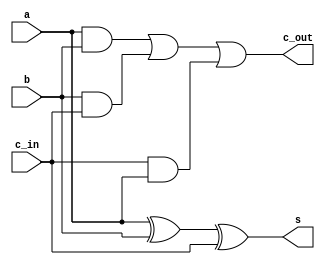
module fulladder1b(a,b,c_in,s,c_out);
	input a,b,c_in;
	output s,c_out;
	assign s = a^b^c_in;
	assign c_out = (a & b) | (b & c_in) | (c_in & a);
endmodule

module comptwo(x,negx);
input [7:0] x;
output [7:0] negx;
assign negx = (~x) + 1;
endmodule

module sub8b(x,y,c_in,d,b_out);
	input [7:0] x,y;
	input c_in;
	output [7:0] d;
	output b_out;
	wire [7:0] c_wire;
	wire [7:0] y_n;
	comptwo neg0 (y,y_n);
	fulladder1b b0 (x[0],y_n[0],c_in,d[0],c_wire[0]);
	fulladder1b b1 (x[1],y_n[1],c_wire[0],d[1],c_wire[1]);
	fulladder1b b2 (x[2],y_n[2],c_wire[1],d[2],c_wire[2]);
	fulladder1b b3 (x[3],y_n[3],c_wire[2],d[3],c_wire[3]);
	fulladder1b b4 (x[3],y_n[3],c_wire[2],d[3],c_wire[3]);
	fulladder1b b5 (x[4],y_n[4],c_wire[3],d[4],c_wire[4]);
	fulladder1b b6 (x[5],y_n[5],c_wire[4],d[5],c_wire[5]);
	fulladder1b b7 (x[6],y_n[6],c_wire[5],d[6],c_wire[6]);
	fulladder1b b8 (x[7],y_n[7],c_wire[6],d[7],c_wire[7]);
	assign b_out = (~c_wire[7]);
endmodule
module add8b(x,y,c_in,s,c_out);
	input [7:0] x,y;
	input c_in;
	output [7:0] s;
	output c_out;
	wire [6:0] c_wire;
	
	fulladder1b b0 (x[0],y[0],c_in,s[0],c_wire[0]);
	fulladder1b b1 (x[1],y[1],c_wire[0],s[1],c_wire[1]);
	fulladder1b b2 (x[2],y[2],c_wire[1],s[2],c_wire[2]);
	fulladder1b b3 (x[3],y[3],c_wire[2],s[3],c_wire[3]);
	fulladder1b b4 (x[3],y[3],c_wire[2],s[3],c_wire[3]);
	fulladder1b b5 (x[4],y[4],c_wire[3],s[4],c_wire[4]);
	fulladder1b b6 (x[5],y[5],c_wire[4],s[5],c_wire[5]);
	fulladder1b b7 (x[6],y[6],c_wire[5],s[6],c_wire[6]);
	fulladder1b b8 (x[7],y[7],c_wire[6],s[7],c_out);
	
endmodule

module and8b(x,y,andout);
input [7:0] x,y;

output [7:0] andout;
assign andout = x&y;

endmodule

module or8b(x,y,orout);
input [7:0] x,y;

output [7:0] orout;
assign orout = x|y;

endmodule

module nand8b(x,y,nandout);
input [7:0] x,y;
output [7:0] nandout;
assign nandout = ~(x&y);
endmodule

module xor8b(x,y,xorout);
input [7:0] x,y;
output [7:0] xorout;
assign xorout = x^y;
endmodule

 module nor8b(x,y,norout);
input [7:0] x,y;
output [7:0] norout;
assign norout = ~(x|y);
endmodule

module not8b(x,y,notout);
input [7:0] x,y;
output [7:0] notout;
assign notout = ~x;
endmodule

module and8b1(x,y,andout);
input [7:0] x,y;
output [7:0] andout;
wire [7:0] y_n;
comptwo neg1 (y,y_n);
assign andout = x&y_n;

endmodule

module or8b1(x,y,orout);
input [7:0] x,y;
output [7:0] orout;
wire [7:0] y_n;
comptwo neg1 (y,y_n);
assign orout = x|y_n;

endmodule

module nand8b1(x,y,nandout);
input [7:0] x,y;
output [7:0] nandout;
wire [7:0] y_n;
comptwo neg1 (y,y_n);
assign nandout = ~(x&y_n);
endmodule

module xor8b1(x,y,xorout);
input [7:0] x,y;
output [7:0] xorout;
wire [7:0] y_n;
comptwo neg1 (y,y_n);
assign xorout = x^y_n;
endmodule

module nor8b1(x,y,norout);
input [7:0] x,y;
output [7:0] norout;
wire [7:0] y_n;
comptwo neg1 (y,y_n);
assign norout = ~(x|y_n);
endmodule

module not8b1(x,y,notout);
input [7:0] x,y;
output [7:0] notout;
assign notout = ~y;
endmodule 

module sub8b1(x,y,c_in1,d1,c_out1);
input [7:0] x,y;
input c_in1;
output [7:0] d1;
output c_out1;
add8b add1 (x,y,c_in1,d1,c_out1);
endmodule

module add8b1(x,y,c_in1,s1,c_out1);
input [7:0] x,y;
input c_in1;
output [7:0] s1;
output c_out1;
sub8b sub1 (x,y,c_in1,s1,c_out1);
endmodule

module mux1b16to1 (
    input add_r,sub_r,and_r,or_r,nand_r,xor_r,nor_r,not_r,add_r1,sub_r1,and_r1,or_r1,nand_r1,xor_r1,nor_r1,not_r1,
    input [3:0] cntrl,
    output out
);

    wire o0,o1,o2,o3,o4,o5,o6,o7,o8,o9,o10,o11,o12,o13,o14,o15;

	assign o0  = ((~cntrl[3])&(~cntrl[2])&(~cntrl[1])&(~cntrl[0]))&(add_r);
	assign o1  = ((~cntrl[3])&(~cntrl[2])&(~cntrl[1])&(cntrl[0]))&(sub_r);
	assign o2  = ((~cntrl[3])&(~cntrl[2])&(cntrl[1])&(~cntrl[0]))&(and_r);
	assign o3  = ((~cntrl[3])&(~cntrl[2])&(cntrl[1])&(cntrl[0]))&(or_r);
    assign o4  = ((~cntrl[3])&(cntrl[2])&(~cntrl[1])&(~cntrl[0]))&(nand_r);
	assign o5  = ((~cntrl[3])&(cntrl[2])&(~cntrl[1])&(cntrl[0]))&(xor_r);
	assign o6  = ((~cntrl[3])&(cntrl[2])&(cntrl[1])&(~cntrl[0]))&(nor_r);
	assign o7  = ((~cntrl[3])&(cntrl[2])&(cntrl[1])&(cntrl[0]))&(not_r);
    assign o8  = ((cntrl[3])&(~cntrl[2])&(~cntrl[1])&(~cntrl[0]))&(add_r1);
	assign o9  = ((cntrl[3])&(~cntrl[2])&(~cntrl[1])&(cntrl[0]))&(sub_r1);
	assign o10 = ((cntrl[3])&(~cntrl[2])&(cntrl[1])&(~cntrl[0]))&(and_r1);
	assign o11 = ((cntrl[3])&(~cntrl[2])&(cntrl[1])&(cntrl[0]))&(or_r1);
    assign o12 = ((cntrl[3])&(cntrl[2])&(~cntrl[1])&(~cntrl[0]))&(nand_r1);
	assign o13 = ((cntrl[3])&(cntrl[2])&(~cntrl[1])&(cntrl[0]))&(xor_r1);
	assign o14 = ((cntrl[3])&(cntrl[2])&(cntrl[1])&(~cntrl[0]))&(nor_r1);
	assign o15 = ((cntrl[3])&(cntrl[2])&(cntrl[1])&(cntrl[0]))&(not_r1);

    assign out = o0|o1|o2|o3|o4|o5|o6|o7|o8|o9|o10|o11|o11|o12|o13|o14|o15;

endmodule

module carrymux1b4to1(
    input add_c,sub_c,add_c1,sub_c1,
	input [3:0] cntrl,
    output carry
);
    wire p,q,r,s;

	assign p = ((~cntrl[3])&(~cntrl[0]))&add_c;
	assign q = ((~cntrl[3])&cntrl[0])&sub_c;
	assign r = (cntrl[3]&(~cntrl[0]))&add_c1;
	assign s = (cntrl[3]&cntrl[0])&sub_c1;

	assign carry = p|q|r|s;
endmodule

module alu(x,y,cntrl,out,carry);
input [7:0] x,y;
input [3:0] cntrl;
output [7:0] out;
output carry;
wire [7:0] add_r,sub_r,and_r,or_r,nand_r,xor_r,nor_r,not_r,add_r1,sub_r1,and_r1,or_r1,nand_r1,xor_r1,nor_r1,not_r1;
wire add_c,sub_c,add_c1,sub_c1;
add8b addres (x,y,1'b0,add_r,add_c);
sub8b subres (x,y,1'b0,sub_r,sub_c);
and8b andres (x,y,and_r);
or8b orres (x,y,or_r);
nand8b nandres (x,y,nand_r);
xor8b xorres (x,y,xor_r);
nor8b norres (x,y,nor_r);
not8b notres (x,y,not_r);
add8b1 add1 (x,y,1'b0,add_r1,add_c1);
sub8b1 sub1 (x,y,1'b0,sub_r1,sub_c1);
and8b1 and1 (x,y,and_r1);
or8b1 or1 (x,y,or_r1);
nand8b1 nand1 (x,y,nand_r1);
xor8b1 xor1 (x,y,xor_r1);
nor8b1 nor1 (x,y,nor_r1);
not8b1 not1 (x,y,not_r1);

    mux1b16to1 res0 (add_r[0],sub_r[0],and_r[0],or_r[0],nand_r[0],xor_r[0],nor_r[0],not_r[0],add_r1[0],sub_r1[0],and_r1[0],or_r1[0],nand_r1[0],xor_r1[0],nor_r1[0],not_r1[0],cntrl,out[0]);
    mux1b16to1 res1 (add_r[1],sub_r[1],and_r[1],or_r[1],nand_r[1],xor_r[1],nor_r[1],not_r[1],add_r1[1],sub_r1[1],and_r1[1],or_r1[1],nand_r1[1],xor_r1[1],nor_r1[1],not_r1[1],cntrl,out[1]);
    mux1b16to1 res2 (add_r[2],sub_r[2],and_r[2],or_r[2],nand_r[2],xor_r[2],nor_r[2],not_r[2],add_r1[2],sub_r1[2],and_r1[2],or_r1[2],nand_r1[2],xor_r1[2],nor_r1[2],not_r1[2],cntrl,out[2]);
    mux1b16to1 res3 (add_r[3],sub_r[3],and_r[3],or_r[3],nand_r[3],xor_r[3],nor_r[3],not_r[3],add_r1[3],sub_r1[3],and_r1[3],or_r1[3],nand_r1[3],xor_r1[3],nor_r1[3],not_r1[3],cntrl,out[3]);
    mux1b16to1 res4 (add_r[4],sub_r[4],and_r[4],or_r[4],nand_r[4],xor_r[4],nor_r[4],not_r[4],add_r1[4],sub_r1[4],and_r1[4],or_r1[4],nand_r1[4],xor_r1[4],nor_r1[4],not_r1[4],cntrl,out[4]);
    mux1b16to1 res5 (add_r[5],sub_r[5],and_r[5],or_r[5],nand_r[5],xor_r[5],nor_r[5],not_r[5],add_r1[5],sub_r1[5],and_r1[5],or_r1[5],nand_r1[5],xor_r1[5],nor_r1[5],not_r1[5],cntrl,out[5]);
    mux1b16to1 res6 (add_r[6],sub_r[6],and_r[6],or_r[6],nand_r[6],xor_r[6],nor_r[6],not_r[6],add_r1[6],sub_r1[6],and_r1[6],or_r1[6],nand_r1[6],xor_r1[6],nor_r1[6],not_r1[6],cntrl,out[6]);
    mux1b16to1 res7 (add_r[7],sub_r[7],and_r[7],or_r[7],nand_r[7],xor_r[7],nor_r[7],not_r[7],add_r1[7],sub_r1[7],and_r1[7],or_r1[7],nand_r1[7],xor_r1[7],nor_r1[7],not_r1[7],cntrl,out[7]);
    
    carrymux1b4to1 carrym (add_c,sub_c,add_c1,sub_c1,cntrl,carry);

endmodule

module testbench(
	output reg [7:0] x,y,
	output reg [3:0] cntrl,
	input wire [7:0] out,
	input wire carry
);
	initial
		begin
			$monitor ($time, " x=%b, y=%b, control_input= %b, output=%b, carry=%b", x,y,cntrl,out,carry);
			x=8'b01001111; y=8'b10100101; cntrl=4'b0000;
			#5 cntrl = 4'b0001;
			#5 cntrl = 4'b0010;
			#5 cntrl = 4'b0011;
			#5 cntrl = 4'b0100;
			#5 cntrl = 4'b0101;
			#5 cntrl = 4'b0110;
			#5 cntrl = 4'b0111;
			#5 cntrl = 4'b1000;
			#5 cntrl = 4'b1001;
			#5 cntrl = 4'b1010;
			#5 cntrl = 4'b1011;
			#5 cntrl = 4'b1100;
			#5 cntrl = 4'b1101;
			#5 cntrl = 4'b1110;
			#5 cntrl = 4'b1111;
			#5 $finish;
		end
endmodule

module workbench;
	wire [7:0] x,y;
	wire [3:0] cntrl;
	wire [7:0] out;
	wire carry;
    
    initial begin
        $dumpfile("simple_alu.vcd");
        $dumpvars(0,workbench);
    end    
    alu DUT(x,y,cntrl,out,carry);
    testbench tb (x,y,cntrl,out,carry);
endmodule